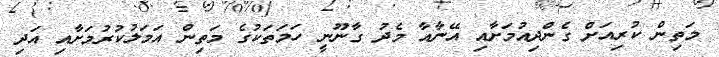
މަތިން ކުރިއަށް ގެންދިއުމަށާއި އޭނާއާ މެދު ގާނޫނީ ހަމަތަކުގެ މަތިން އަމަލުކުރުމަށާއި އަދި